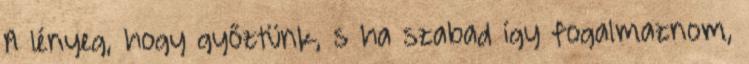
A lényeg, hogy győztünk, s ha szabad így fogalmaznom,